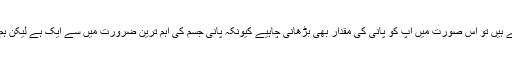
اگر آپ دن بھر جسمانی مشقت یا ورزش کرتے ہیں تو اس صورت میں آپ کو پانی کی مقدار بھی بڑھانی چاہیے کیونکہ پانی جسم کی اہم ترین ضرورت میں سے ایک ہے لیکن ہم صرف ضرورت کے وقت ہی پانی پیتے ہیں۔